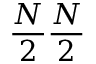
\frac { N } { 2 } \frac { N } { 2 }